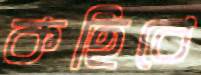
কহিবে